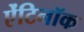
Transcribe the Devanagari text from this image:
ऐंटिनॉक